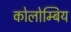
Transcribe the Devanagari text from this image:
कोलोम्बिय